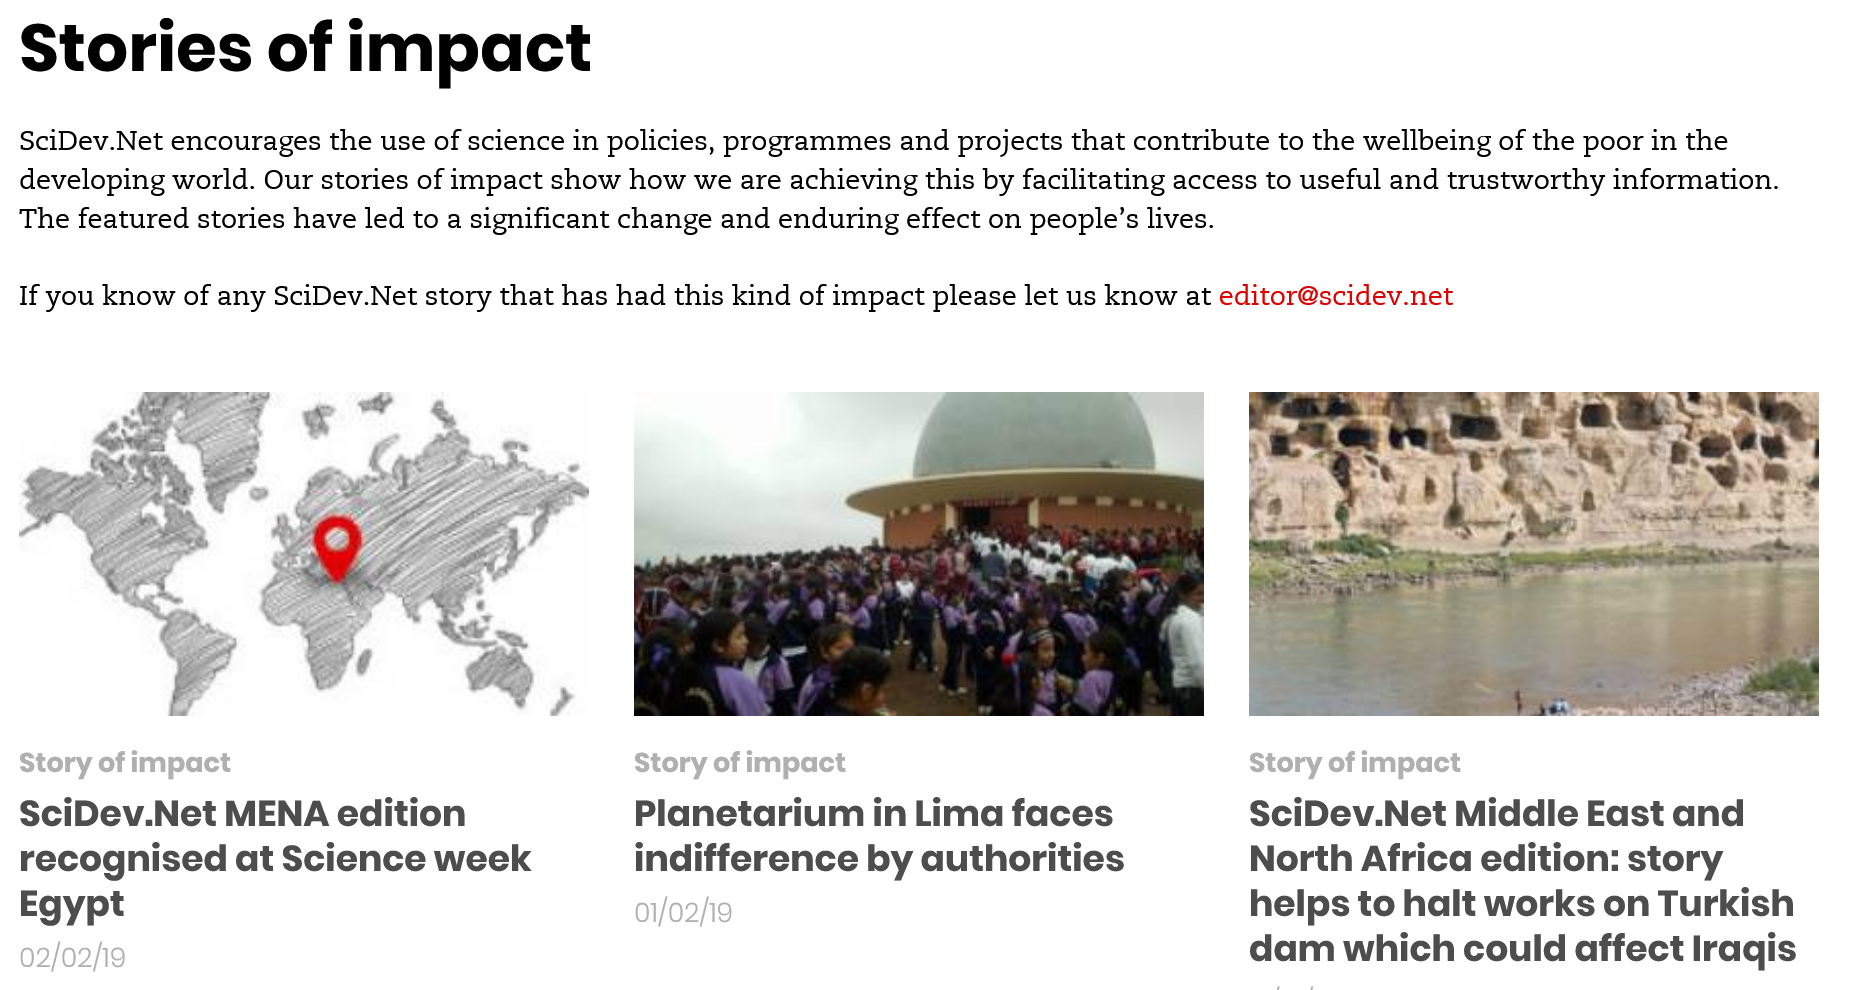
Stories    of   impact
  SciDev.Net encourages the use of science in policies, programmes and projects that contribute to the wellbeing of the poor in the
  developing world. Our stories of impact show how we are achieving this by facilitating access to useful and trustworthy information.
  The featured stories have led to a significant change and enduring effect on people’s lives.
  If you know of any SciDev.Net story that has had this kind of impact please let us know at editor@scidev.net
  Story of impact    Story of impact
     SciDev.Net   Middle   East and
     North Africa   edition: story
     helps to  halt works   on Turkish
     dam   which could    affect Iraqis
     Story of impact
  SciDev.Net   MENA edition
  recognised    at Science  week
  Egypt
  02/02/19
     Planetarium    in Lima  faces
     indifference   by  authorities
     01/02/19